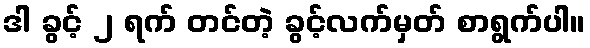
ဒါ ခွင့် ၂ ရက် တင်တဲ့ ခွင့်လက်မှတ် စာရွက်ပါ။